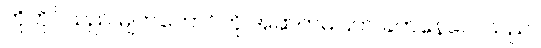
ကိုဟိုင်သည် မျက်တောင်ကို အဆက်မပြတ် ခတ်နေလေသည်။